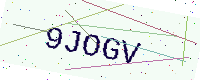
Text: 9JOGV